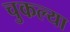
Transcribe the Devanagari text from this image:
चुकल्या